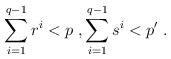
LaTeX: \begin{align*}\sum_{i=1}^{q-1} r^i<p\;, \sum_{i=1}^{q-1} s^i<p'\;.\end{align*}